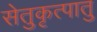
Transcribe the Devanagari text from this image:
सेतुकृत्पातु